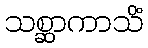
သစ္ဆာကာသိံ